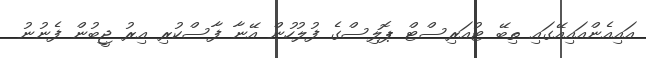
އައިއެންއައިއޭގައި ތިބޭ ޓުއަރިސްޓް ޕޮލިސްގެ ފުލުހުން އޭނާ ފާސްކުރި އިރު ޖީބުން ފެނުނު